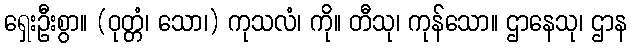
ရှေးဦးစွာ။ (ဝုတ္တံ၊ သော၊) ကုသလံ၊ ကို။ တီသု၊ ကုန်သော။ ဌာနေသု၊ ဌာန